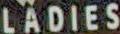
LADIES